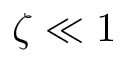
\zeta \ll 1